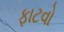
ફાટવો